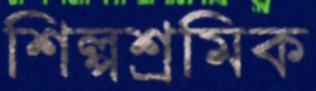
শিল্পশ্রমিক